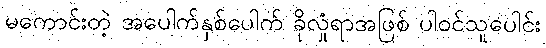
မကောင်းတဲ့ အပေါက်နှစ်ပေါက် ခိုလှုံရာအဖြစ် ပါဝင်သူပေါင်း